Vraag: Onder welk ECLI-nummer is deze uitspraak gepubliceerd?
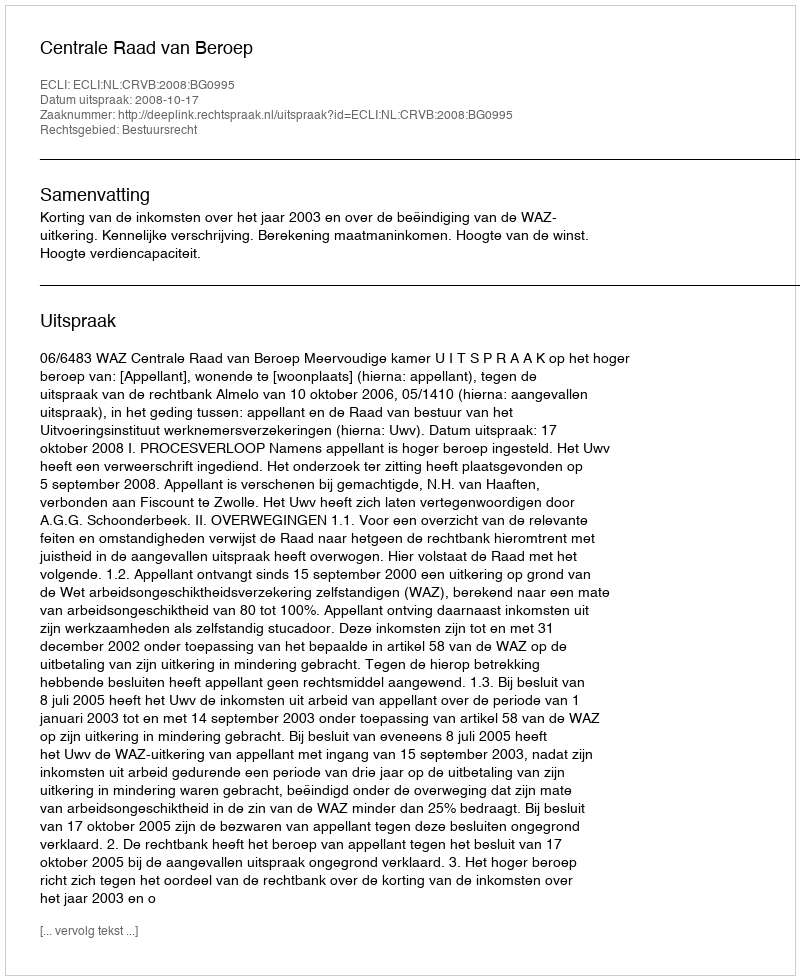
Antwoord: ECLI:NL:CRVB:2008:BG0995